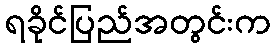
ရခိုင်ပြည်အတွင်းက